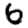
Digit: 6